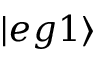
| e g 1 \rangle